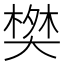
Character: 𬄀